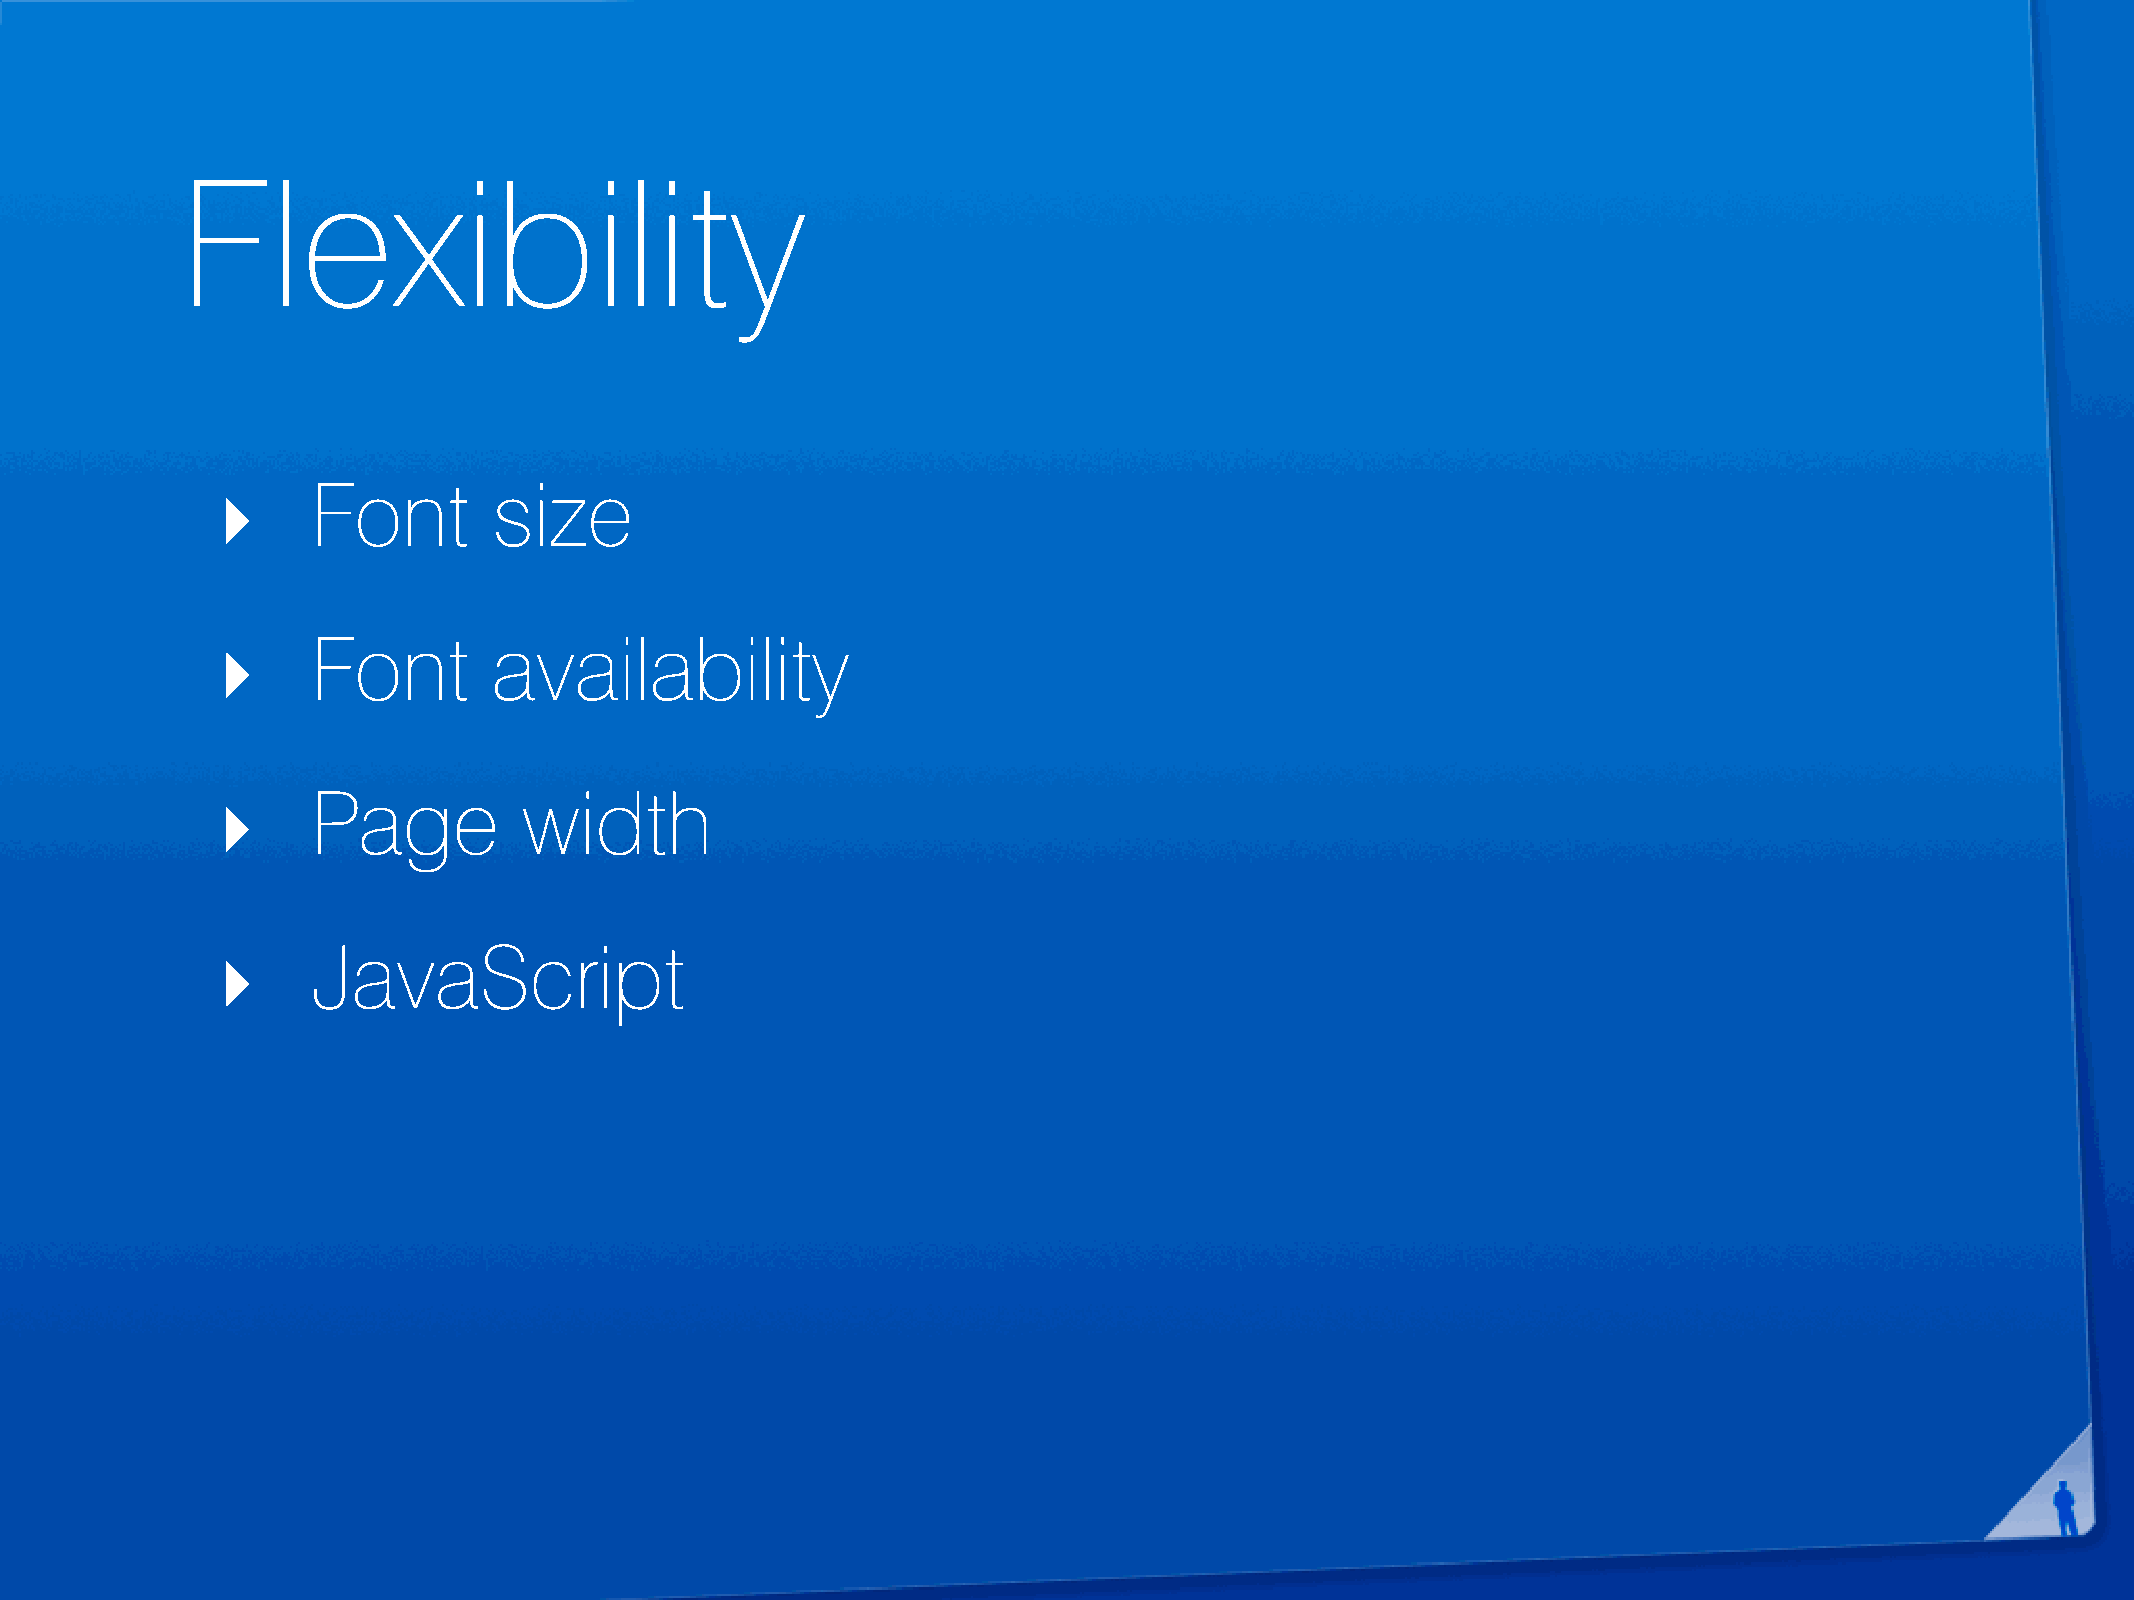
Flexibility
 ‣      Font        size
 ‣      Font        availability
 ‣      Page          width
 ‣      JavaScript